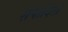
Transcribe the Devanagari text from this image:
संपादिला